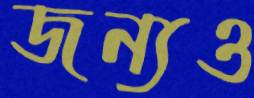
জন্যও